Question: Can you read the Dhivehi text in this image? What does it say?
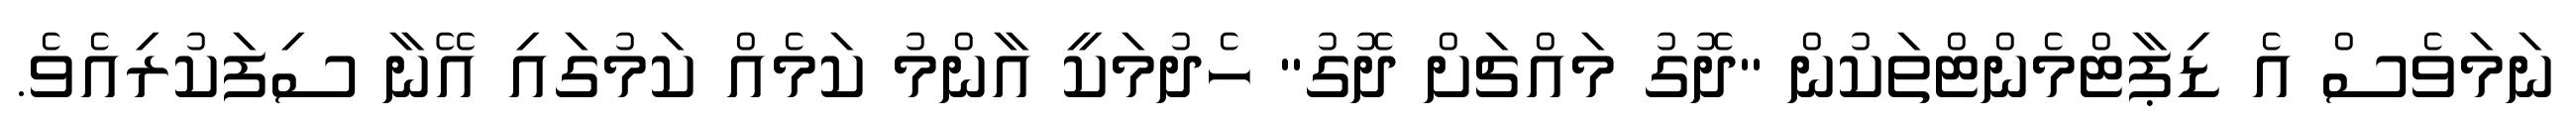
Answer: ނަމަވެސް އެ ޑިޕާޓްމެންޓްތަކުން "ދޮގު މައްޗަށް ދޮގު" ހެދުމަކީ އާންމު ކަމެއް ކަމުގައި އޭނާ ސިފަކުރިއެވެ.